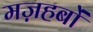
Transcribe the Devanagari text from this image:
मज़हबों